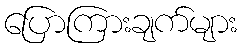
ပြောကြားချက်များ